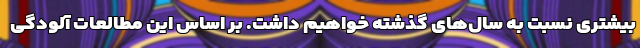
بیشتری نسبت به سال‌های گذشته خواهیم داشت. بر اساس این مطالعات آلودگی